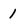
Character: 1